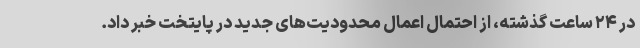
در ۲۴ ساعت گذشته، از احتمال اعمال محدودیت‌های جدید در پایتخت خبر داد.